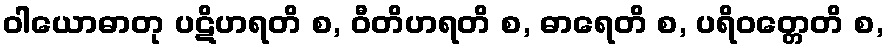
ဝါယောဓာတု ပဋိဟရတိ စ, ဝီတိဟရတိ စ, ဓာရေတိ စ, ပရိဝတ္တေတိ စ,